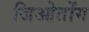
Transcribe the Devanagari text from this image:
जिओतोंग